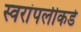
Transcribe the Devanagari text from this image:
स्वरांपलीकडे